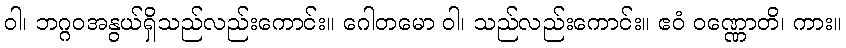
ဝါ၊ ဘဂ္ဂဝအနွယ်ရှိသည်လည်းကောင်း။ ဂေါတမော ဝါ၊ သည်လည်းကောင်း။ ဧဝံ ဝဏ္ဏောတိ၊ ကား။